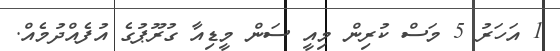
1 އަހަރު 5 މަސް ކުރިން މިއީ ސަން މީޑިއާ ގުރޫޕުގެ އުފެއްދުމެއް.